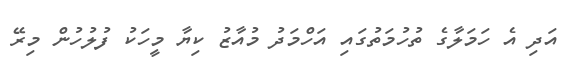
އަދި އެ ހަމަލާގެ ތުހުމަތުގައި އަހްމަދު މުއާޒު ކިޔާ މީހަކު ފުލުހުން މިރޭ